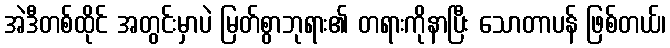
အဲဒီတစ်ထိုင် အတွင်းမှာပဲ မြတ်စွာဘုရား၏ တရားကိုနာပြီး သောတာပန် ဖြစ်တယ်၊